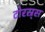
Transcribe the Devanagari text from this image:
टोरस्र्स